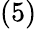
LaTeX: (5)